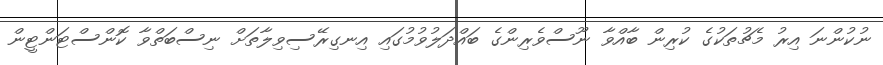
ނުކުންނަ އިރު މެޗުތަކުގެ ކުރިން ބާއްވާ ނޫސްވެރިންގެ ބައްދަލުވުމުގައި އިނގިރޭސިވިލާތަށް ނިސްބަތްވާ ކޮންސްޓަންޓީން